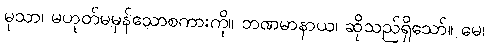
မုသာ၊ မဟုတ်မမှန်သောစကားကို။ ဘဏမာနာယ၊ ဆိုသည်ရှိသော်။ မေ၊